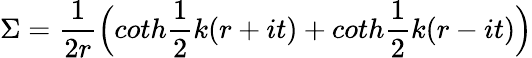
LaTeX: \Sigma=\frac{1}{2r}\Bigl(coth\frac{1}{2}k(r+it)+coth\frac{1}{2}k(r-it)\Bigr)